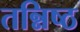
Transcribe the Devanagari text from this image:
तन्निष्ठ